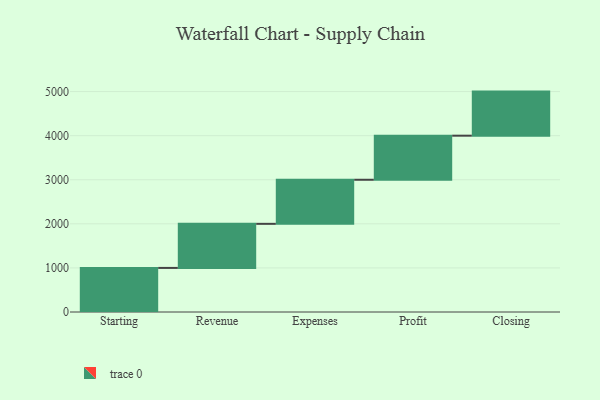
{"axis": {"x": "Step", "y": "Value"}, "legend": [""], "data": [{"x": "Starting", "y": 1000, "type": ""}, {"x": "Revenue", "y": 1000, "type": ""}, {"x": "Expenses", "y": 1000, "type": ""}, {"x": "Profit", "y": 1000, "type": ""}, {"x": "Closing", "y": 1000, "type": ""}]}